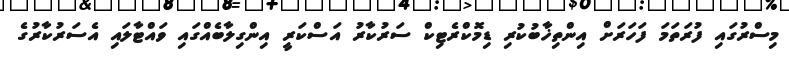
މިސްރުގައި ފުރަތަމަ ފަހަރަށް އިންތިޚާބުކުރި ޑިމޮކްރެޓިކް ސަރުކާރު އަސްކަރީ އިންގިލާބެއްގައި ވައްޓާލައި އެސަރުކާރުގެ